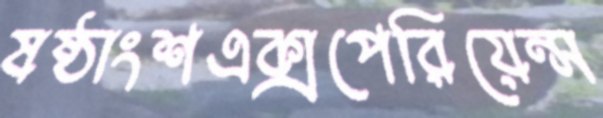
ষষ্ঠাংশএক্সপেরিয়েন্স